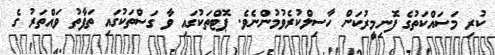
ކުރި މަސައްކަތުގެ ފޮނިމީރުކަން ހާސިލްކުރެވުމުންނެވެ. ޕޮޓްތަކުގައި ވާ ގަސްތަކުގައި ތަފާތު ވައްތަރު ގެ